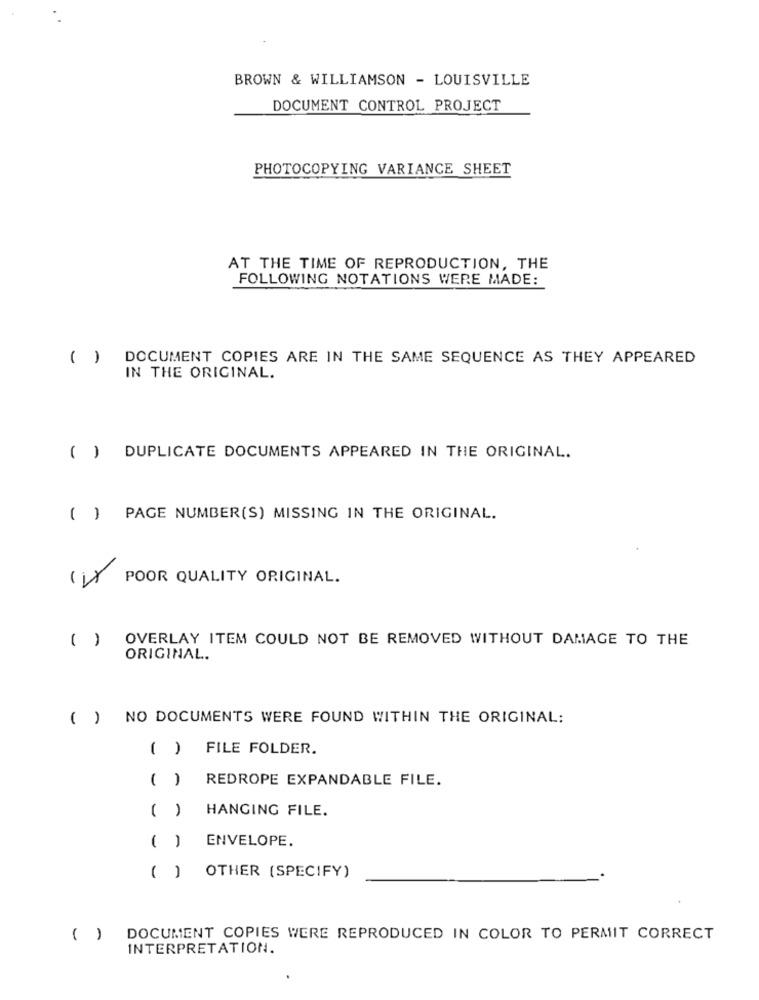
BROWN & WILLIAMSON - LOUISVILLE
DOCUMENT CONTROL PROJECT
PHOTOCOPYING VARIANCE SHEET
AT THE TIME OF REPRODUCTION, THE
FOLLOWING NOTATIONS WERE MADE:
( ) DOCUMENT COPIES ARE IN THE SAME SEQUENCE AS THEY APPEARED
IN THE ORIGINAL.
( ) DUPLICATE DOCUMENTS APPEARED IN THE ORIGINAL.
( ) PAGE NUMBER(S) MISSING IN THE ORIGINAL.
( LX POOR QUALITY ORIGINAL.
( ) OVERLAY ITEM COULD NOT BE REMOVED WITHOUT DAMAGE TO THE
ORIGINAL.
( ) NO DOCUMENTS WERE FOUND WITHIN THE ORIGINAL:
( ) FILE FOLDER.
( ) REDROPE EXPANDABLE FILE.
( ) HANGING FILE.
ENVELOPE.
( )
( ) OTHER (SPECIFY)
( ) DOCUMENT COPIES WERE REPRODUCED IN COLOR TO PERMIT CORRECT
INTERPRETATION.